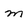
Character: m